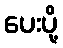
ပေးပို့